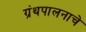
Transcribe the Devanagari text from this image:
ग्रंथपालनाचे